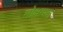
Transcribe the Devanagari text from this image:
मोक्षाप्रत